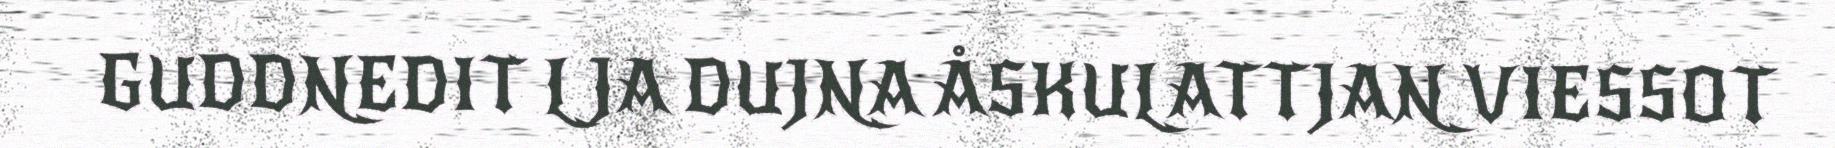
GUDDNEDIT L JA DUJNA ÅSKULATTJAN VIESSOT